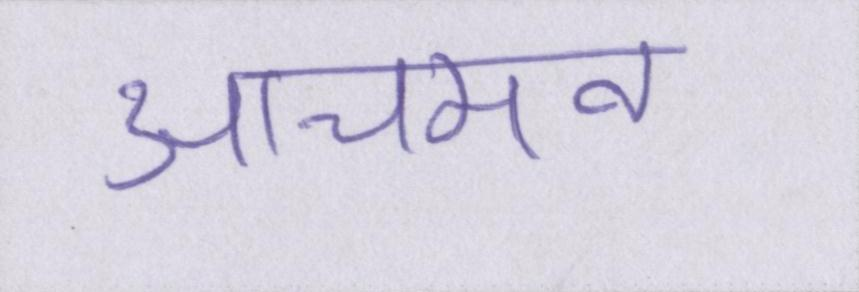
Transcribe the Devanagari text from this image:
आचमन